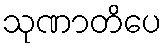
သုဏာတိပေ